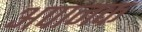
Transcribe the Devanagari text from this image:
अपानक